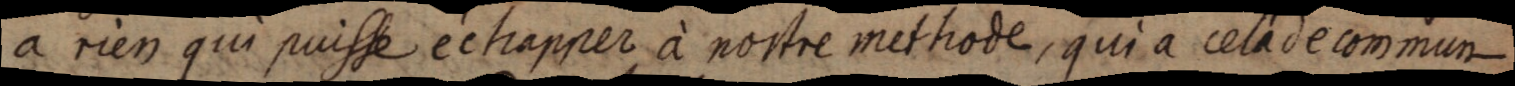
a rien qui puisse échapper à nostre methode, qui a cela de commun